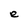
Character: e